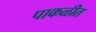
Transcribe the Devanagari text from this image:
पाकळीत